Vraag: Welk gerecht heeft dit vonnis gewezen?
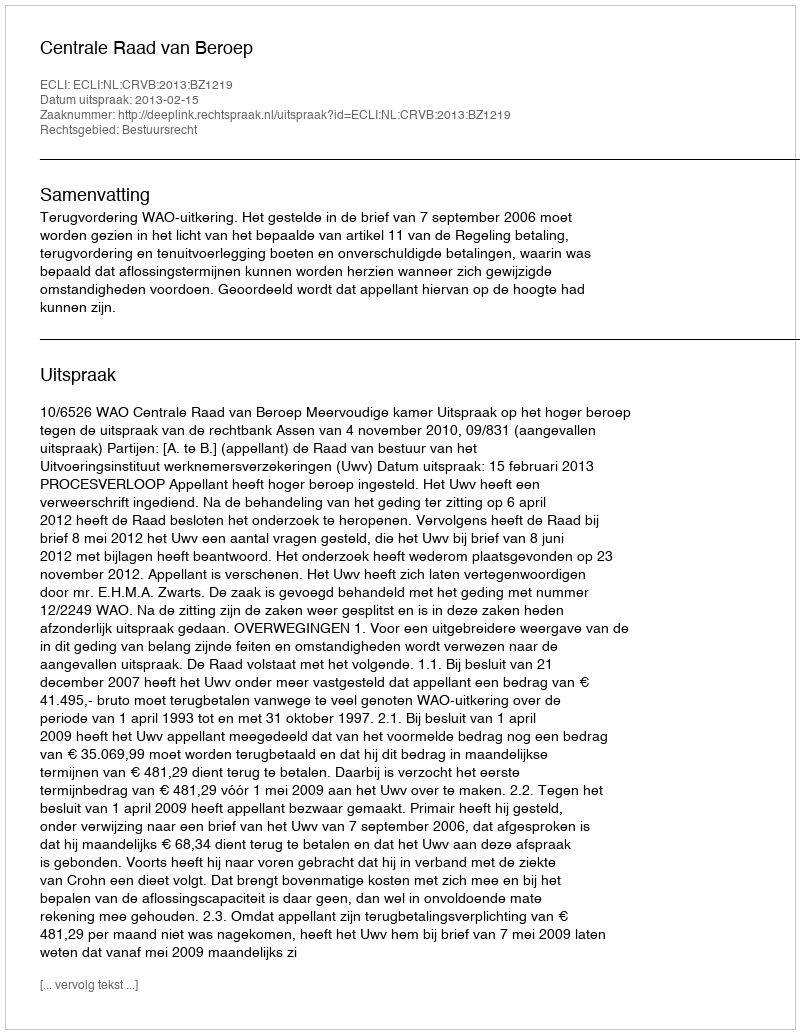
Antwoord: Centrale Raad van Beroep